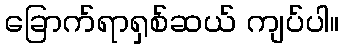
ခြောက်ရာရှစ်ဆယ် ကျပ်ပါ။